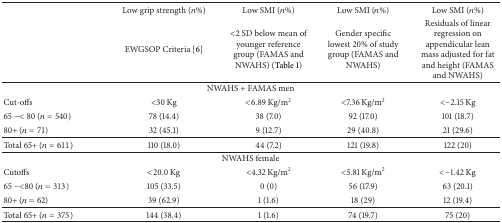
<table><thead><tr><td><b> </b></td><td><b>Low grip strength (<i>n</i>%) </b></td><td><b>Low SMI (<i>n</i>%)</b></td><td><b>Low SMI (<i>n</i>%)</b></td><td><b>Low SMI (<i>n</i>%)</b></td></tr><tr><td><b> </b></td><td><b>EWGSOP Criteria [6]</b></td><td><b>&lt;2 SD below mean of younger reference group (FAMAS and NWAHS) (Table 1)</b></td><td><b>Gender specific lowest 20% of study group (FAMAS and NWAHS)</b></td><td><b>Residuals of linear regression on appendicular lean mass adjusted for fat and height (FAMAS and NWAHS)</b></td></tr></thead><tbody><tr><td colspan="5">NWAHS + FAMAS men</td></tr><tr><td>Cut-offs</td><td>&lt;30 Kg</td><td>&lt;6.89 Kg/m<sup>2</sup></td><td>&lt;7.36 Kg/m<sup>2</sup></td><td>&lt;−2.15 Kg</td></tr><tr><td>65 −&lt; 80 (<i>n</i> = 540)</td><td>78 (14.4)</td><td>38 (7.0)</td><td>92 (17.0)</td><td>101 (18.7)</td></tr><tr><td>80+ (<i>n</i> = 71)</td><td>32 (45.1)</td><td>9 (12.7)</td><td>29 (40.8)</td><td>21 (29.6)</td></tr><tr><td>Total 65+ (<i>n</i> = 611)</td><td>110 (18.0)</td><td>44 (7.2) </td><td>121 (19.8)</td><td>122 (20)</td></tr><tr><td colspan="5">NWAHS female</td></tr><tr><td>Cutoffs</td><td>&lt;20.0 Kg</td><td>&lt;4.32 Kg/m<sup>2</sup></td><td>&lt;5.81 Kg/m<sup>2</sup></td><td>&lt;−1.42 Kg</td></tr><tr><td>65 −&lt;80 (<i>n</i> = 313)</td><td>105 (33.5)</td><td>0 (0)</td><td>56 (17.9)</td><td>63 (20.1)</td></tr><tr><td>80+ (<i>n</i> = 62)</td><td>39 (62.9)</td><td>1 (1.6)</td><td>18 (29)</td><td>12 (19.4)</td></tr><tr><td>Total 65+ (<i>n</i> = 375)</td><td>144 (38.4)</td><td>1 (1.6)</td><td>74 (19.7)</td><td>75 (20)</td></tr></tbody></table>